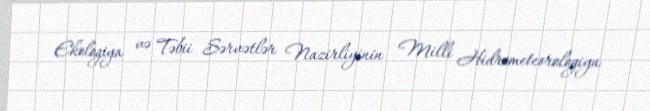
Ekologiya və Təbii Sərvətlər Nazirliyinin Milli Hidrometeorologiya